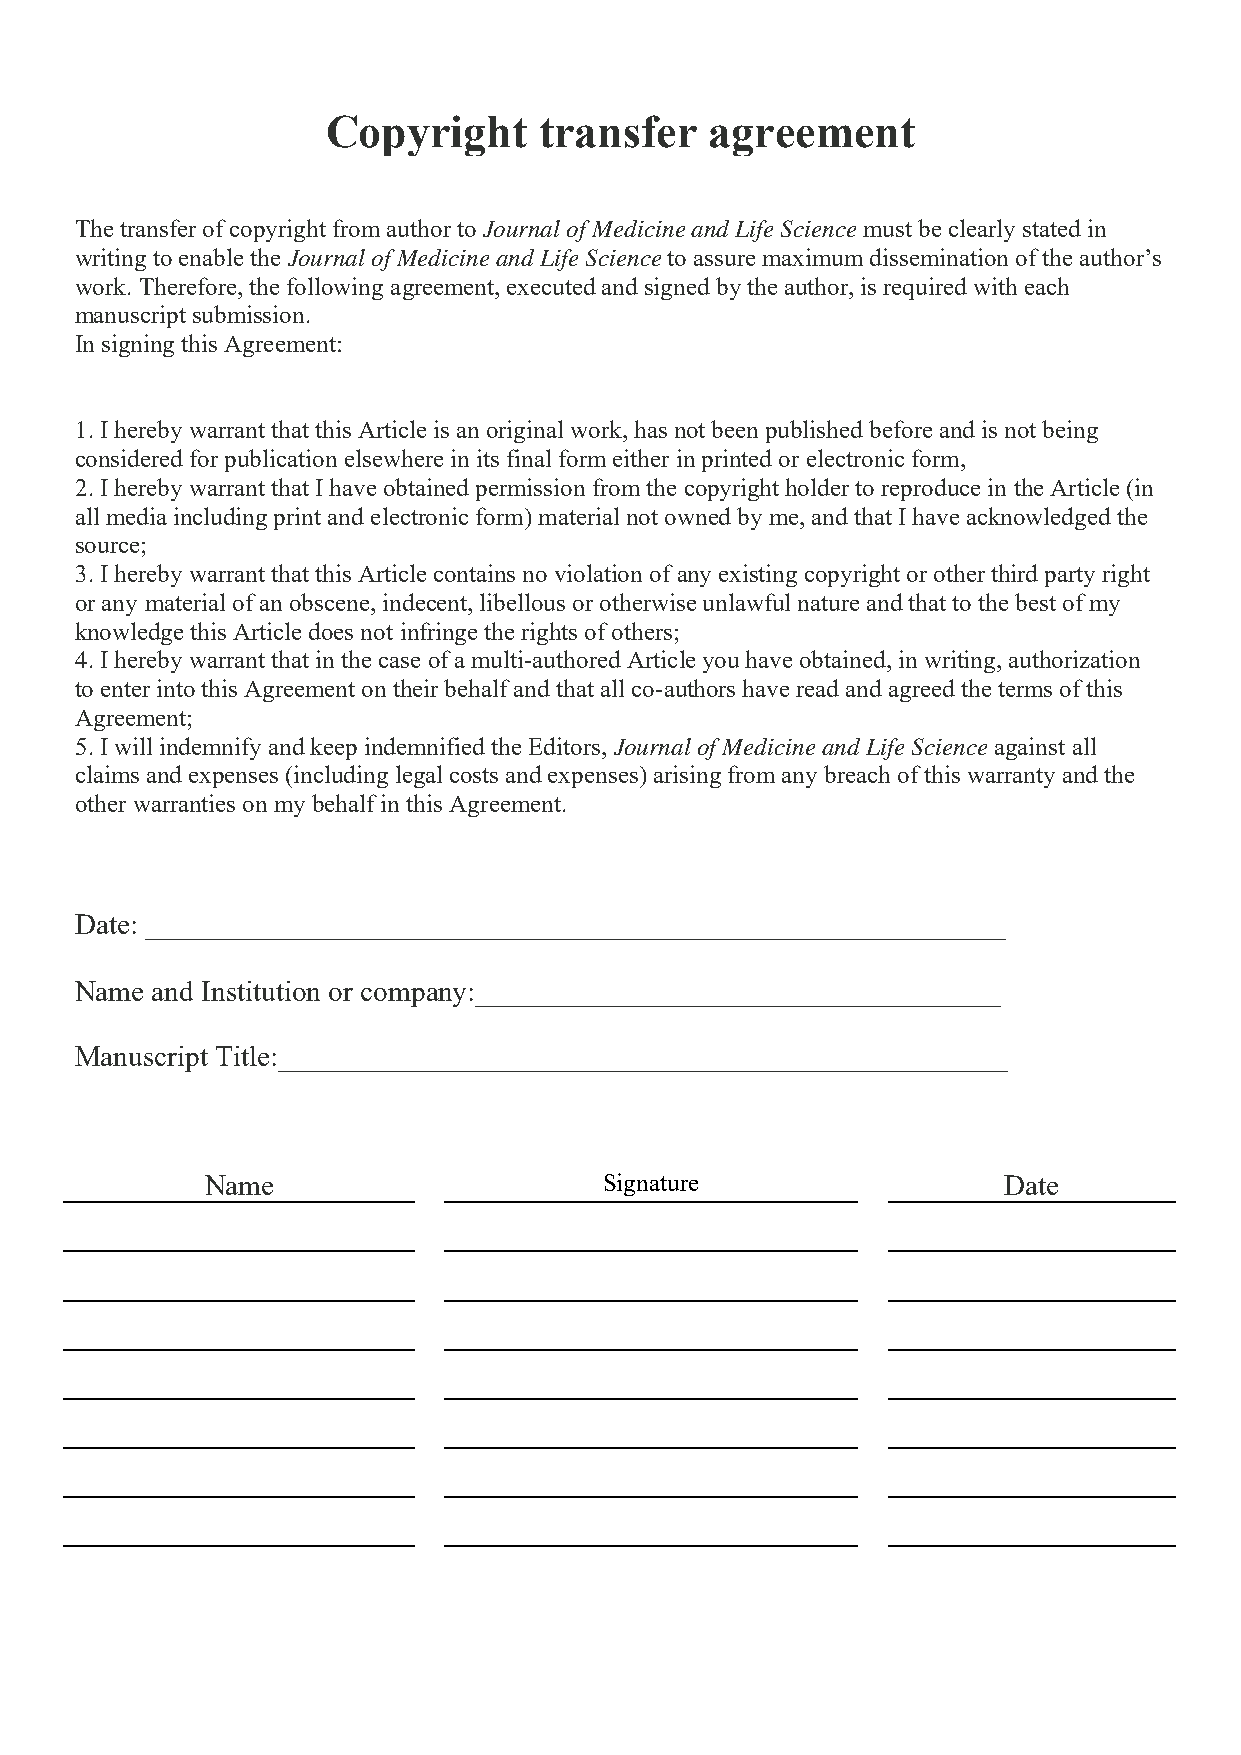
Copyright     transfer   agreement
 The transfer of copyright from author to Journal of Medicine and Life Science must be clearly stated in
 writing to enable the Journal of Medicine and Life Science to assure maximum dissemination of the author’s
 work. Therefore, the following agreement, executed and signed by the author, is required with each
 manuscript submission.
 In signing this Agreement:
 1. I hereby warrant that this Article is an original work, has not been published before and is not being
 considered for publication elsewhere in its final form either in printed or electronic form,
 2. I hereby warrant that I have obtained permission from the copyright holder to reproduce in the Article (in
 all media including print and electronic form) material not owned by me, and that I have acknowledged the
 source;
 3. I hereby warrant that this Article contains no violation of any existing copyright or other third party right
 or any material of an obscene, indecent, libellous or otherwise unlawful nature and that to the best of my
 knowledge this Article does not infringe the rights of others;
 4. I hereby warrant that in the case of a multi-authored Article you have obtained, in writing, authorization
 to enter into this Agreement on their behalf and that all co-authors have read and agreed the terms of this
 Agreement;
 5. I will indemnify and keep indemnified the Editors, Journal of Medicine and Life Science against all
 claims and expenses (including legal costs and expenses) arising from any breach of this warranty and the
 other warranties on my behalf in this Agreement.
 Date: ___________________________________________________________
 Name and Institution or company:____________________________________
 Manuscript Title:__________________________________________________
 Name                      Signature                 Date